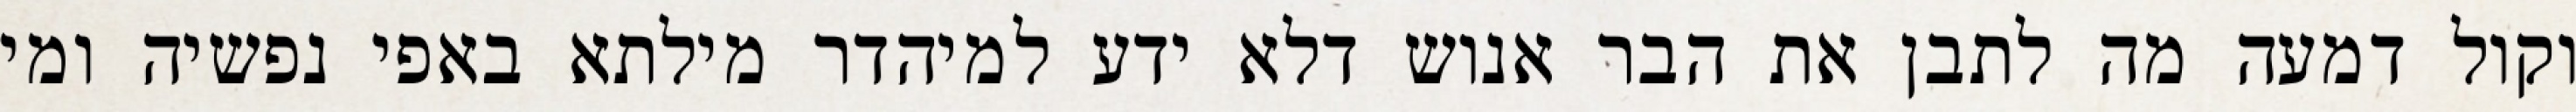
וקול דמעה מה לתבן את הבר אנוש דלא ידע למיהדר מילתא באפי נפשיה ומי